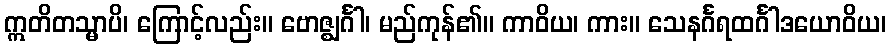
ဣတိတသ္မာပိ၊ ကြောင့်လည်း။ ဗောဇ္ဈင်္ဂါ၊ မည်ကုန်၏။ ကာဝိယ၊ ကား။ သေနင်္ဂရထင်္ဂါဒယောဝိယ၊